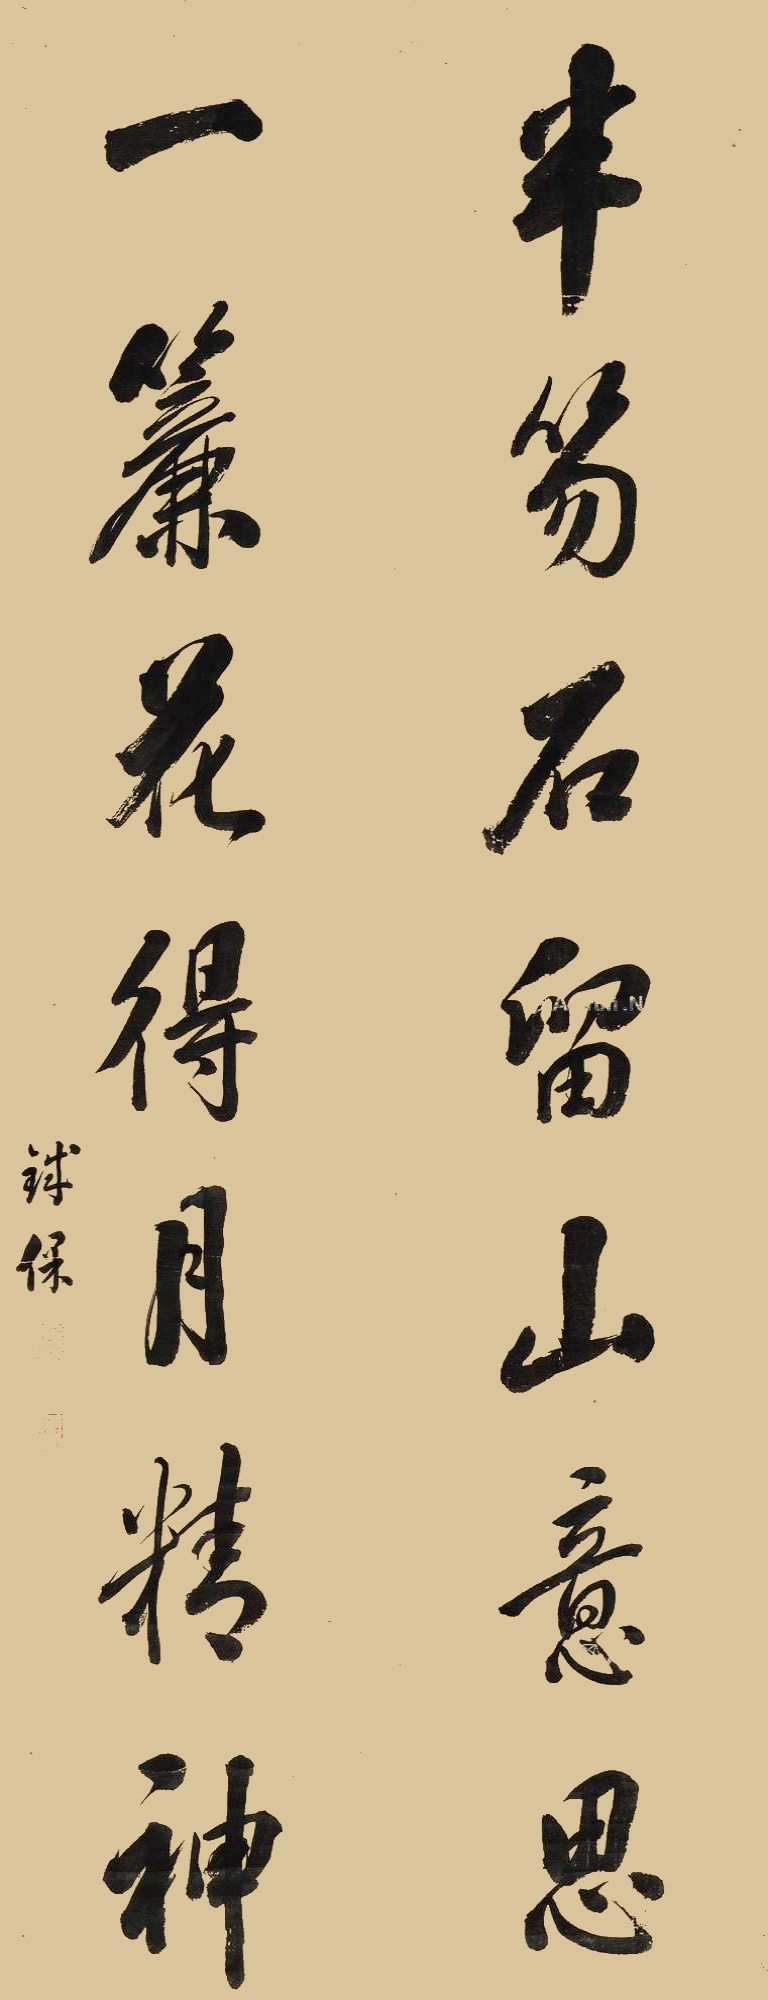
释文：半笏石留山意思，一帘花得月精神。铁保。